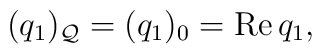
(q_1 )_{\cal Q} = (q_1 )_0 = {\rm Re}\,q_1,